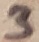
Text: 3